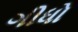
ગીધો